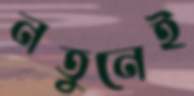
নতুনেই